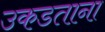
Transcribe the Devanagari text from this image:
उकडताना